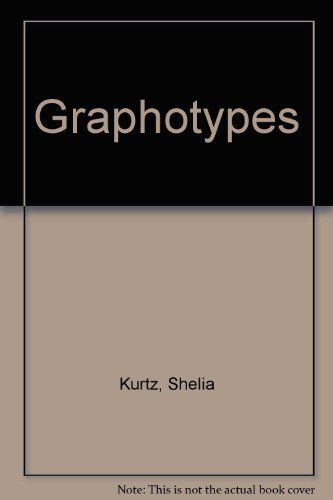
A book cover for Graphotypes; Rh Value Publishing; Self-Help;